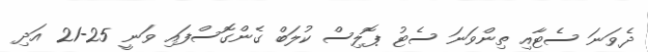
ދެވަނަ ސެޓާއި ތިންވަނަ ސެޓު ޕޮލިސް ކުލަބް ގެންގޮސްފައި ވަނީ 25-21 އަދި